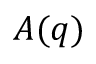
A ( q )